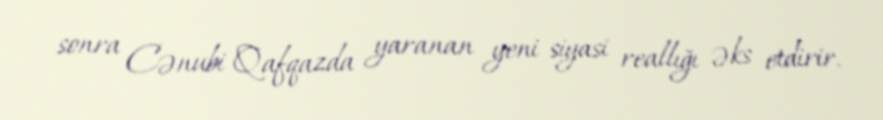
sonra Cənubi Qafqazda yaranan yeni siyasi reallığı əks etdirir.